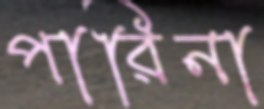
পারিনা